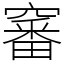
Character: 䆺